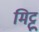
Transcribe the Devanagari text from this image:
मिट्टू